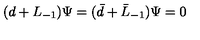
( d + L _ { - 1 } ) \Psi = ( \bar { d } + \bar { L } _ { - 1 } ) \Psi = 0